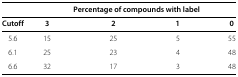
<table><thead><tr><td></td><td colspan="4"><b>Percentage of compounds with label</b></td></tr></thead><tbody><tr><td><b>Cutoff</b></td><td><b>3</b></td><td><b>2</b></td><td><b>1</b></td><td><b>0</b></td></tr><tr><td>5.6</td><td>15</td><td>25</td><td>5</td><td>55</td></tr><tr><td>6.1</td><td>25</td><td>23</td><td>4</td><td>48</td></tr><tr><td>6.6</td><td>32</td><td>17</td><td>3</td><td>48</td></tr></tbody></table>